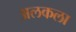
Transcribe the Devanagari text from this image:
अलकला